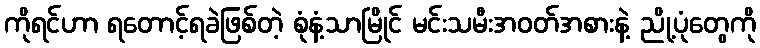
ကိုရင်ဟာ ရတောင့်ရခဲဖြစ်တဲ့ စုံနံ့သာမြိုင် မင်းသမီးအဝတ်အစားနဲ့ ညို့ပုံတွေကို